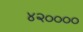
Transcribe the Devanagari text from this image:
४२००००